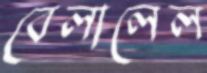
বেলালেল